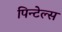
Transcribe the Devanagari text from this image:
पिन्टेल्स